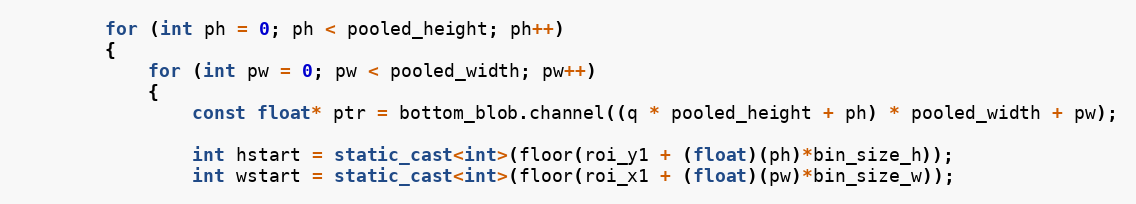
Language: C++
        for (int ph = 0; ph < pooled_height; ph++)
        {
            for (int pw = 0; pw < pooled_width; pw++)
            {
                const float* ptr = bottom_blob.channel((q * pooled_height + ph) * pooled_width + pw);

                int hstart = static_cast<int>(floor(roi_y1 + (float)(ph)*bin_size_h));
                int wstart = static_cast<int>(floor(roi_x1 + (float)(pw)*bin_size_w));